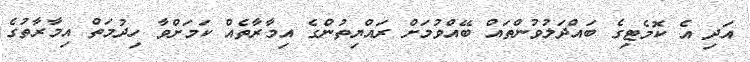
އަދި އެ ކޮމެޓިގެ ބައްދަލުވުންތައް ބޭއްވުމަށް ރައްޔިތުންގެ އިމާރާތެއް ކަމަށްވާ ހިދުމަތް އިމާރާތުގެ